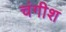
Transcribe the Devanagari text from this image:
चंगीश